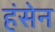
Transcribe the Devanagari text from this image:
हंसेन